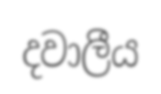
දවාලීය